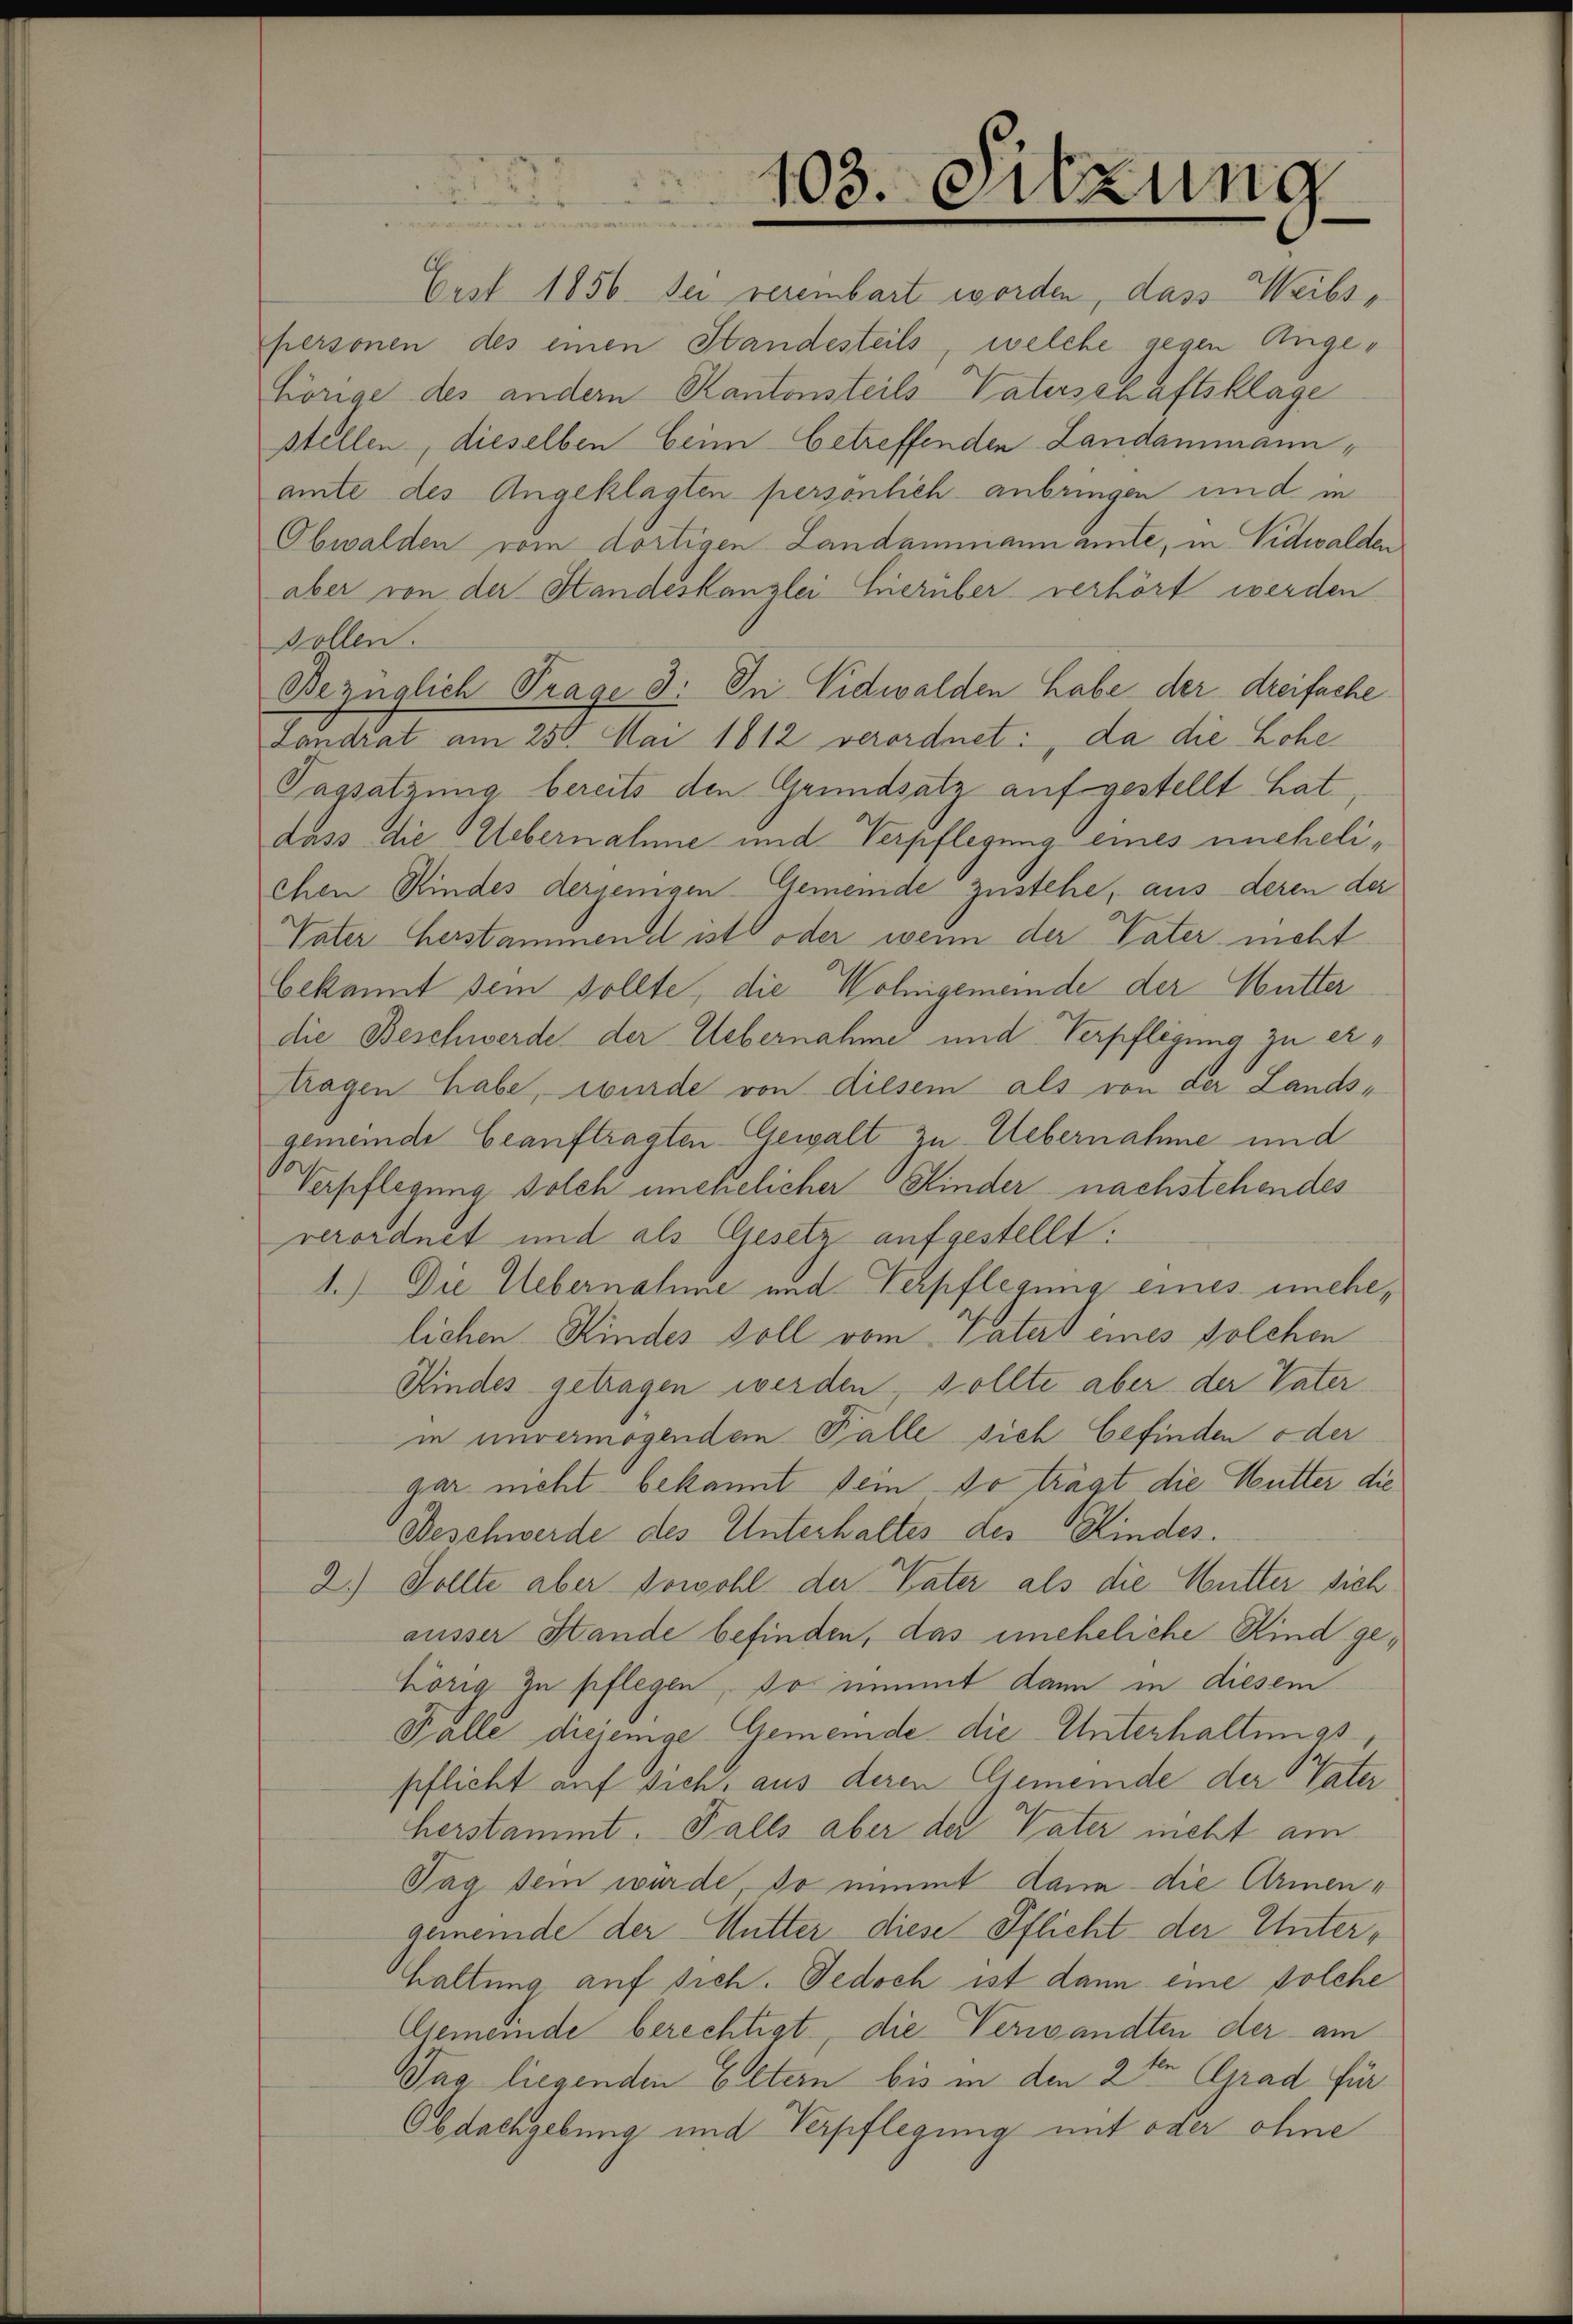
103. Sitzung

Cust 1856. Sei vereibart worden, dass Weibspersonen des einen Standesteils, welche gegen Angehörige des andern Kantonsteils Vaterschaftsklage
stellen, dieselben beim betreffenden Landammann,
amte des Angeklagten persönlich anbringen und in
Obwalden vom dortigen Landammann amte, in Vidwalden
aber von der Standeskanzlei hierüber verhört werden
Rollen.
Bezüglich Trage 3. In Nidwalden habe der dreifache
Landrat am 250. Mai 1812 verordnet: da die Lohe
Tagsatzung bereits den Grundsatz aufgestellt hat,
dass die Uebernahme und Verpflegung eines unehelichen Rindes derjenigen Gemeinde zustehe, aus deren der
Vater Herstammend ist oder wenn der Vater nicht
bekannt sein sollte, die Wohngemeinde der Mutter
die Beschwerde der Uebernahme und Verpflegung zu ertragen habe, wurde von diesem als von der Lands-
gemeinde beauftragten Gewalt zu Uebernahme und
Verpflegung solch unehelicher Kinder nachstehendes
verordnet und als Gesetz aufgestellt:
1.) Die Uebernahme und Verpflegung eines unehelichen Kindes soll vom Vaters eines solchen
Kindes getragen werden, sollte aber der Vater
in nuvermögendem Falle sich befinden oder
gar nicht bekannt dein so trägt die Mutter die
Beschwerde des Unterhaltes des Kindes.
2.) Sollte aber sowohl der Vater als die Mutter sich
äusser Stande befinden, das uneheliche Kind gehörig in pflegen, so nimmt dann in diesem
Falle diejenige Gemeinde die Unterhaltungspflicht auf sich, aus deren Gemeinde der Vater
herstammt. Falls aber der Vater incht am
Tag sein würde, so nimmt dann die Armengemeinde der Mutter diese Pflicht der Unterhaltung auf sich. Jedoch ist dann eine solche
Gemeinde berechtigt, die Verwandten der am
Tag liegenden Eltern bis in den 2ten Grad für
Obdachgebung und Verpflegung mit oder ohne